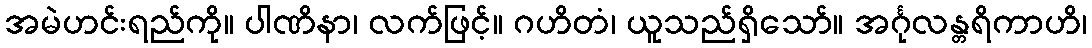
အမဲဟင်းရည်ကို။ ပါဏိနာ၊ လက်ဖြင့်။ ဂဟိတံ၊ ယူသည်ရှိသော်။ အင်္ဂုလန္တရိကာဟိ၊